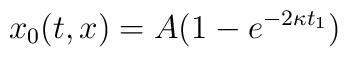
x_0(t,x) = A(1 - e^{-2\kappa t_1})